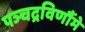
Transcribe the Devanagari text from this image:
पञ्चद्रविणौंमे